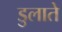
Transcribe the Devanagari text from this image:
डुलाते